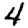
Digit: 4